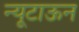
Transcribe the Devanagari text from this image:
न्यूटाऊन